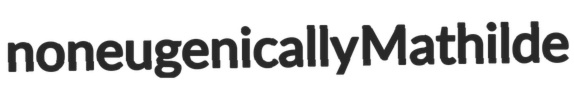
noneugenically Mathilde